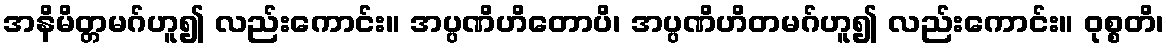
အနိမိတ္တမဂ်ဟူ၍ လည်းကောင်း။ အပ္ပဏိဟိတောပိ၊ အပ္ပဏိဟိတမဂ်ဟူ၍ လည်းကောင်း။ ဝုစ္စတိ၊